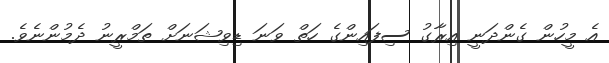
އެ މީހުން ގެންދަނީ އިރާގު ސިފައިންގެ ހަތް ވަނަ ޑިވިޝަނަށް ތަމްރީނު ދެމުންނެވެ.